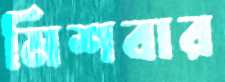
মিশবার